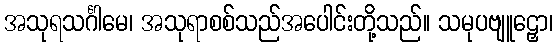
အသုရသင်္ဂါမေ၊ အသုရာစစ်သည်အပေါင်းတို့သည်။ သမုပဗျူဠှော၊